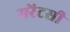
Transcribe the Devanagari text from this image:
मरेंटसी